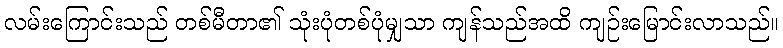
လမ်းကြောင်းသည် တစ်မီတာ၏ သုံးပုံတစ်ပုံမျှသာ ကျန်သည်အထိ ကျဉ်းမြောင်းလာသည်။